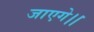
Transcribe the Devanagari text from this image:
जाएगे।।